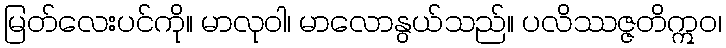
မြတ်လေးပင်ကို။ မာလုဝါ၊ မာလောနွယ်သည်။ ပလိဿဇ္ဇတိဣဝ၊